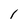
Character: l